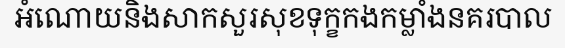
អំណោយនិងសាកសួរសុខទុក្ខកងកម្លាំងនគរបាល